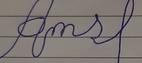
Signature authenticity: forged